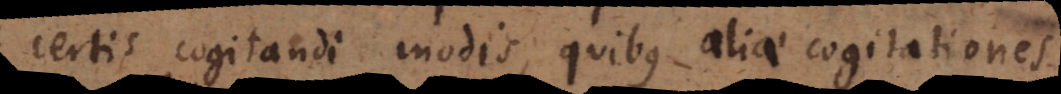
certis cogitandi modis, quibus aliae cogitationes